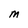
Character: M